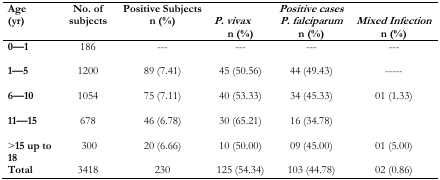
| Age (yr) | No. of subjects | Positive Subjects n (%) | P. vivax n (%) | Positive cases P. falciparum n (%) | Mixed Infection n (%) |
 | --- | --- | --- | --- | --- | --- |
 | 0—1 | 186 | --- | --- | --- | --- |
 | 1—5 | 1200 | 89 (7.41) | 45 (50.56) | 44 (49.43) | ----- |
 | 6—10 | 1054 | 75 (7.11) | 40 (53.33) | 34 (45.33) | 01 (1.33) |
 | 11—15 | 678 | 46 (6.78) | 30 (65.21) | 16 (34.78) |  |
 | >15 up to 18 | 300 | 20 (6.66) | 10 (50.00) | 09 (45.00) | 01 (5.00) |
 | Total | 3418 | 230 | 125 (54.34) | 103 (44.78) | 02 (0.86) |